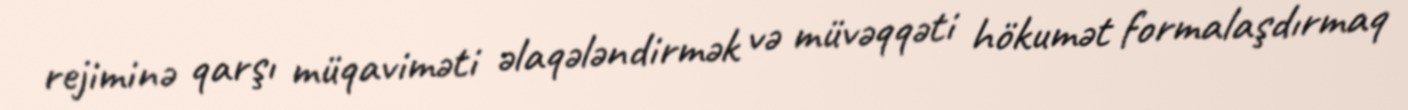
rejiminə qarşı müqaviməti əlaqələndirmək və müvəqqəti hökumət formalaşdırmaq